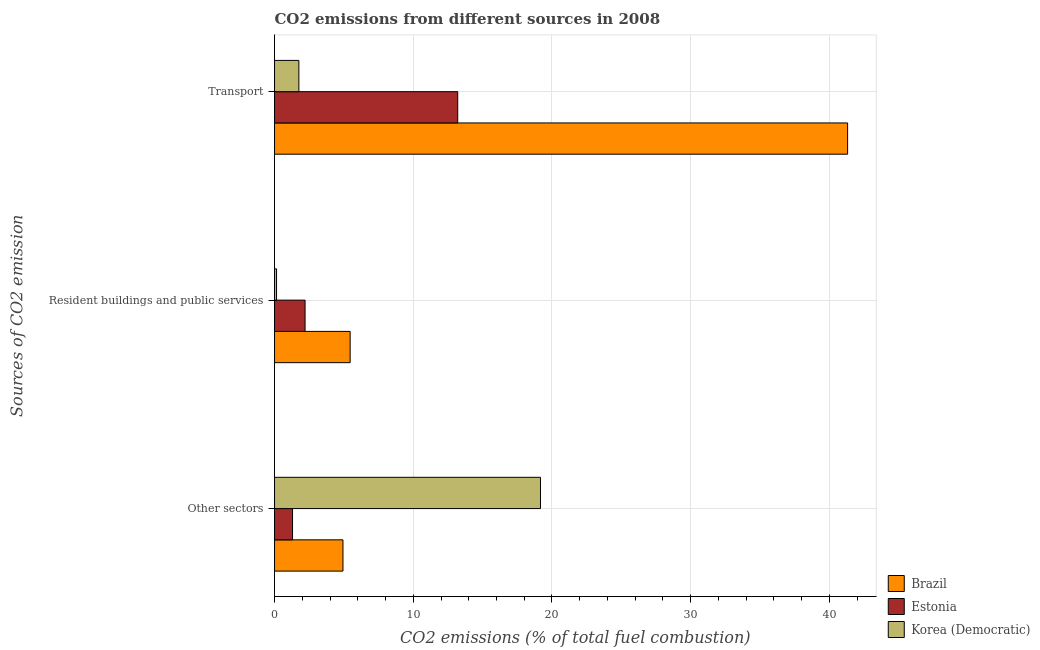
| Sources of CO2 emission | Brazil | Estonia | Korea (Democratic) |
 | --- | --- | --- | --- |
 | Other sectors | 4.93 | 1.3 | 19.2 |
 | Resident buildings and public services | 5.45 | 2.2 | 0.145 |
 | Transport | 41.3 | 13.2 | 1.75 |